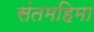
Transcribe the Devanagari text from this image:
संतमहिमा